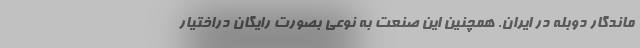
ماندگار دوبله در ایران. همچنین این صنعت به نوعی بصورت رایگان دراختیار